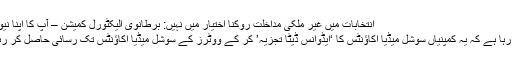
انتخابات میں غیر ملکی مداخلت روکنا اختیار میں نہیں: برطانوی الیکٹورل کمیشن – آپ کا اپنا نیوزچینل
کہا جا رہا ہے کہ یہ کمپنیاں سوشل میڈیا اکاؤنٹس کا ‘ایڈوانس ڈیٹا تجزیہ’ کر کے ووٹرز کے سوشل میڈیا اکاؤنٹس تک رسائی حاصل کر رہی ہیں۔